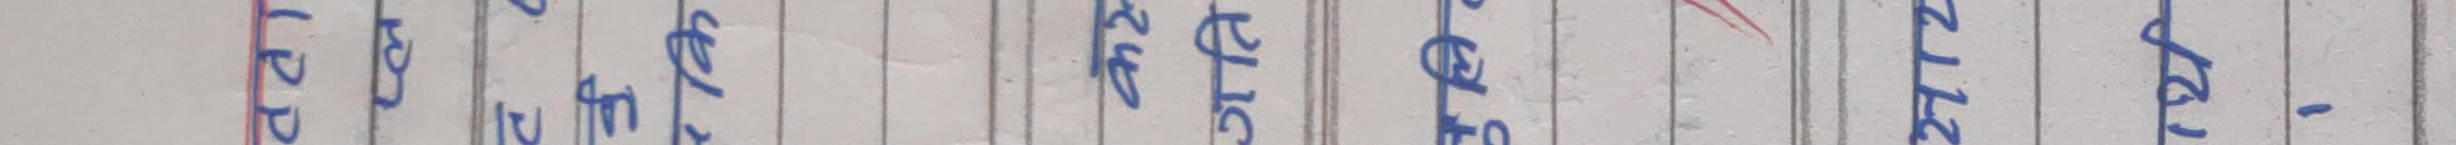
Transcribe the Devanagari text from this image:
पहिला ब्यक्ती पहिले एउटै ठाउँमा जाऊ भने